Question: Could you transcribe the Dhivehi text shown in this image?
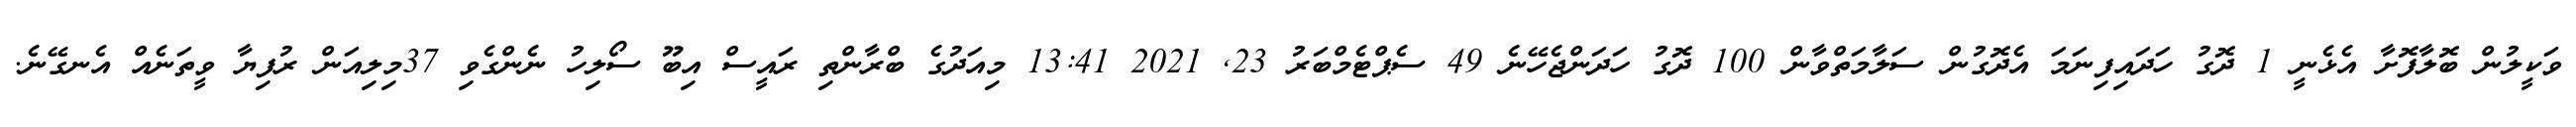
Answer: ވަކީލުން ބޮލާފޮށާ އެޅެނީ 1 ދޮގު ހަދައިފިނަމަ އެދޮގުން ސަލާމަތްވާން 100 ދޮގު ހަދަންޖެހޭނެ 49 ސެޕްޓެމްބަރު 23, 2021 13:41 މިއަދުގެ ބްރާންތި ރައީސް އިބޫ ސޯލިހު ނެންގެވި 37މިލިއަން ރުފިޔާ ވީތަނެއް އެނގޭނެ.